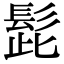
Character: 髭